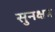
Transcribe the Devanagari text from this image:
सुनक्षत्र